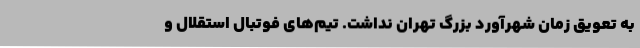
به تعویق زمان شهرآورد بزرگ تهران نداشت. تیم‌های فوتبال استقلال و